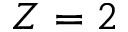
Z = 2